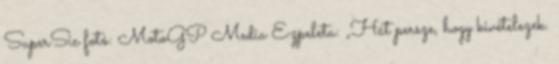
SuperSic fotó: MotoGP Media Ezpeleta: „Hát persze, hogy kivételezek.